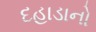
દહાડાનો